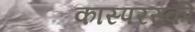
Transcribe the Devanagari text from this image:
कास्परस्की